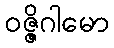
ဝဇ္ဇိဂါမော